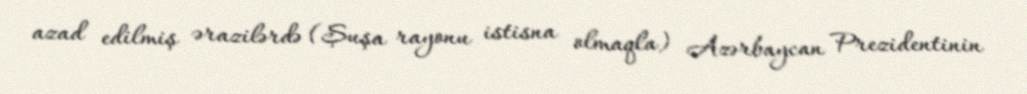
azad edilmiş ərazilərdə (Şuşa rayonu istisna olmaqla) Azərbaycan Prezidentinin